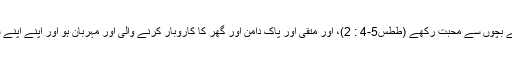
ایک مسیحی ماں کے لئے کہا گیا ہے کہ "وہ اپنے بچوں سے محبت رکھے (ططس5-4 : 2)، اور متقی اور پاک دامن اور گھر کا کاروبار کرنے والی اور مہربان ہو اور اپنے اپنے شوہر کے تابع رہیں تاکہ خدا کا کلام بدنام نہ ہو"۔